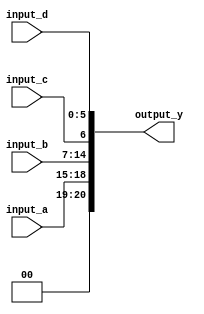
module ConcatenationContinuousAssignment (
    input wire [3:0] input_a,    // 4-bit input signal
    input wire [7:0] input_b,    // 8-bit input signal
    input wire input_c,           // 1-bit input signal
    input wire [5:0] input_d,    // 6-bit input signal
    output wire [20:0] output_y   // 21-bit output signal
);

// Continuous assignment for concatenation
assign output_y = {input_a, input_b, input_c, input_d};

endmodule